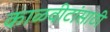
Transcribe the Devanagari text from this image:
काळवीटांसाठी